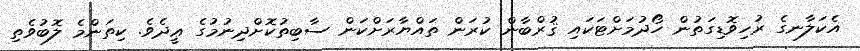
އެކަލާނގެ ރުހިވޮޑިގަތުން ހޯދުމަށްޓަކައި ޤުރްބާން ކުރަން ތައްޔާރަށްކަން ސާބިތުކޮށްދިނުމުގެ ޢީދެވެ. ކިތަންމެ ލޮބުވެތި